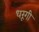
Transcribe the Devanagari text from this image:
धरूगी